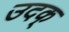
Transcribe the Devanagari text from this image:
उदक्